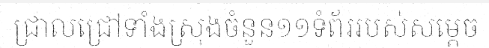
ជ្រាលជ្រៅទាំងស្រុងចំនួន១១ទំព័ររបស់សម្តេច